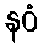
နဝံ